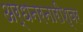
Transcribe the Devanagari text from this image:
अर्धनरनारीश्वर